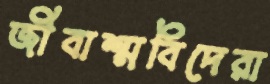
জীবাশ্মবিদেরা